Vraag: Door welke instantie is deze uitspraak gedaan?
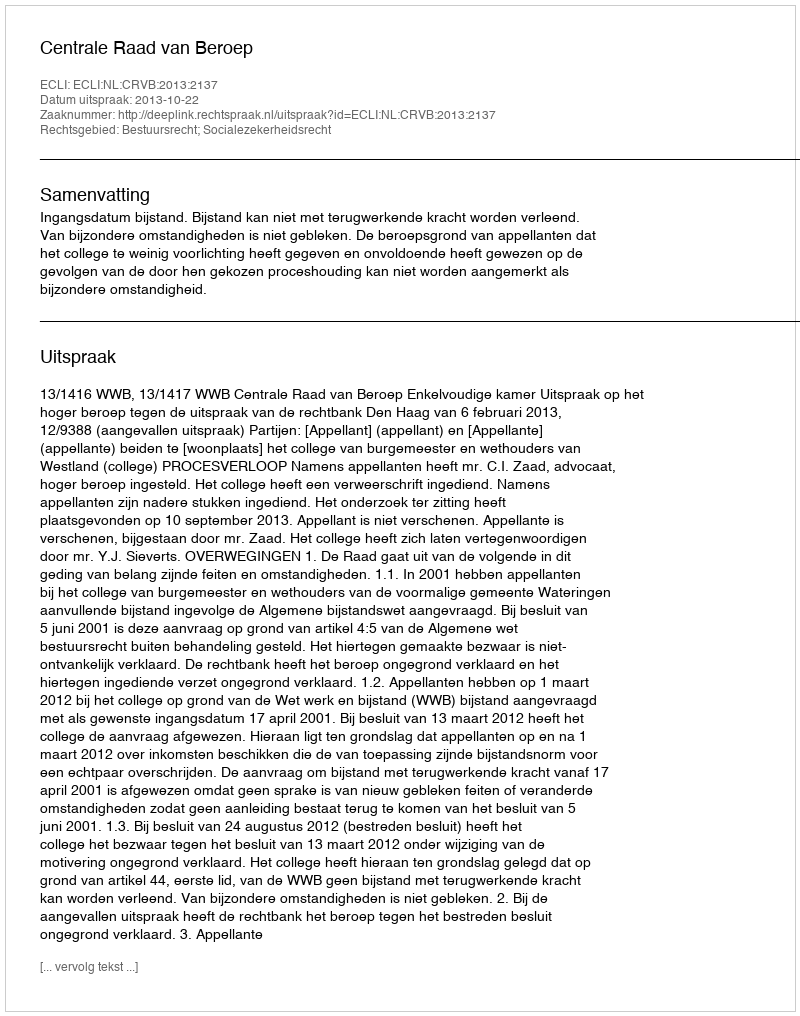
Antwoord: Centrale Raad van Beroep